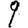
Digit: 9